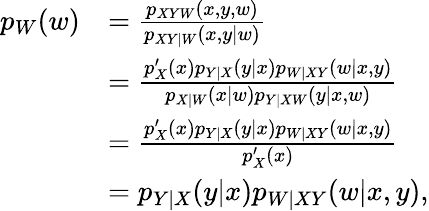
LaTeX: \begin{array}{rl}{p_{W}(w)}&{=\frac{p_{XYW}(x,y,w)}{p_{XY|W}(x,y|w)}}\\ &{=\frac{p_{X}^{\prime}(x)p_{Y|X}(y|x)p_{W|XY}(w|x,y)}{p_{X|W}(x|w)p_{Y|XW}(y|x,w)}}\\ &{=\frac{p_{X}^{\prime}(x)p_{Y|X}(y|x)p_{W|XY}(w|x,y)}{p_{X}^{\prime}(x)}}\\ &{=p_{Y|X}(y|x)p_{W|XY}(w|x,y),}\end{array}